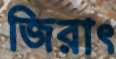
জিরাৎ